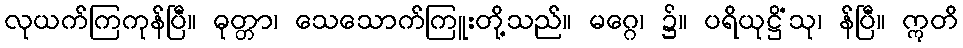
လုယက်ကြကုန်ပြီ။ ဓုတ္တာ၊ သေသောက်ကြူးတို့သည်။ မဂ္ဂေ၊ ၌။ ပရိယုဋ္ဌိံသု၊ န်ပြီ။ ဣတိ